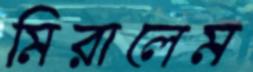
মিরালেম